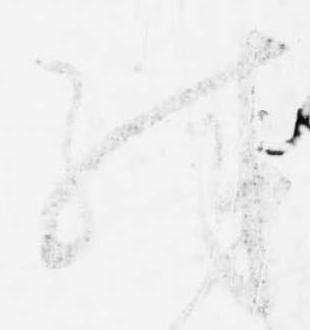
殊